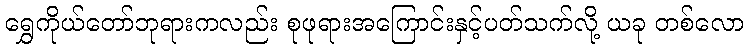
ရွှေကိုယ်တော်ဘုရားကလည်း စုဖုရားအကြောင်းနှင့်ပတ်သက်လို့ ယခု တစ်လော